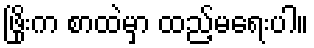
ဖြိုးက စာထဲမှာ ထည့်မရေးပါ။